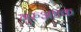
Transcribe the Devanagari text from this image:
गुरुअष्टक